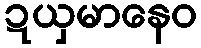
ဍယှမာနေဝ